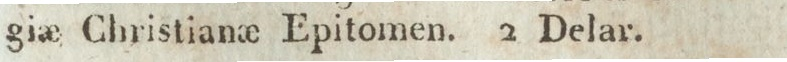
gia_e Christiana_e Epitomen. 2 Delar.